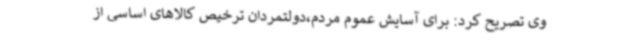
وی تصریح کرد: برای آسایش عموم مردم،دولتمردان ترخیص کالاهای اساسی از